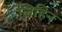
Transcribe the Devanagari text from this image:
लिहिन